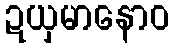
ဍယှမာနောဝ